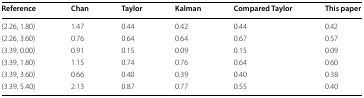
<table><thead><tr><td><b>Reference</b></td><td><b>Chan</b></td><td><b>Taylor</b></td><td><b>Kalman</b></td><td><b>Compared Taylor</b></td><td><b>This paper</b></td></tr></thead><tbody><tr><td>(2.26, 1.80)</td><td>1.47</td><td>0.44</td><td>0.42</td><td>0.44</td><td>0.42</td></tr><tr><td>(2.26, 3.60)</td><td>0.76</td><td>0.64</td><td>0.64</td><td>0.67</td><td>0.57</td></tr><tr><td>(3.39, 0.00)</td><td>0.91</td><td>0.15</td><td>0.09</td><td>0.15</td><td>0.09</td></tr><tr><td>(3.39, 1.80)</td><td>1.15</td><td>0.74</td><td>0.76</td><td>0.64</td><td>0.60</td></tr><tr><td>(3.39, 3.60)</td><td>0.66</td><td>0.40</td><td>0.39</td><td>0.40</td><td>0.38</td></tr><tr><td>(3.39, 5.40)</td><td>2.13</td><td>0.87</td><td>0.77</td><td>0.55</td><td>0.40</td></tr></tbody></table>